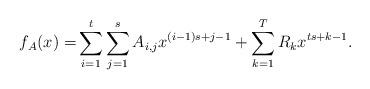
LaTeX: \begin{align*}f_A(x) = & \sum_{i=1}^t\sum_{j=1}^s A_{i,j}x^{(i-1)s+j-1} + \sum_{k=1}^{T} R_kx^{ts+k-1}.\end{align*}